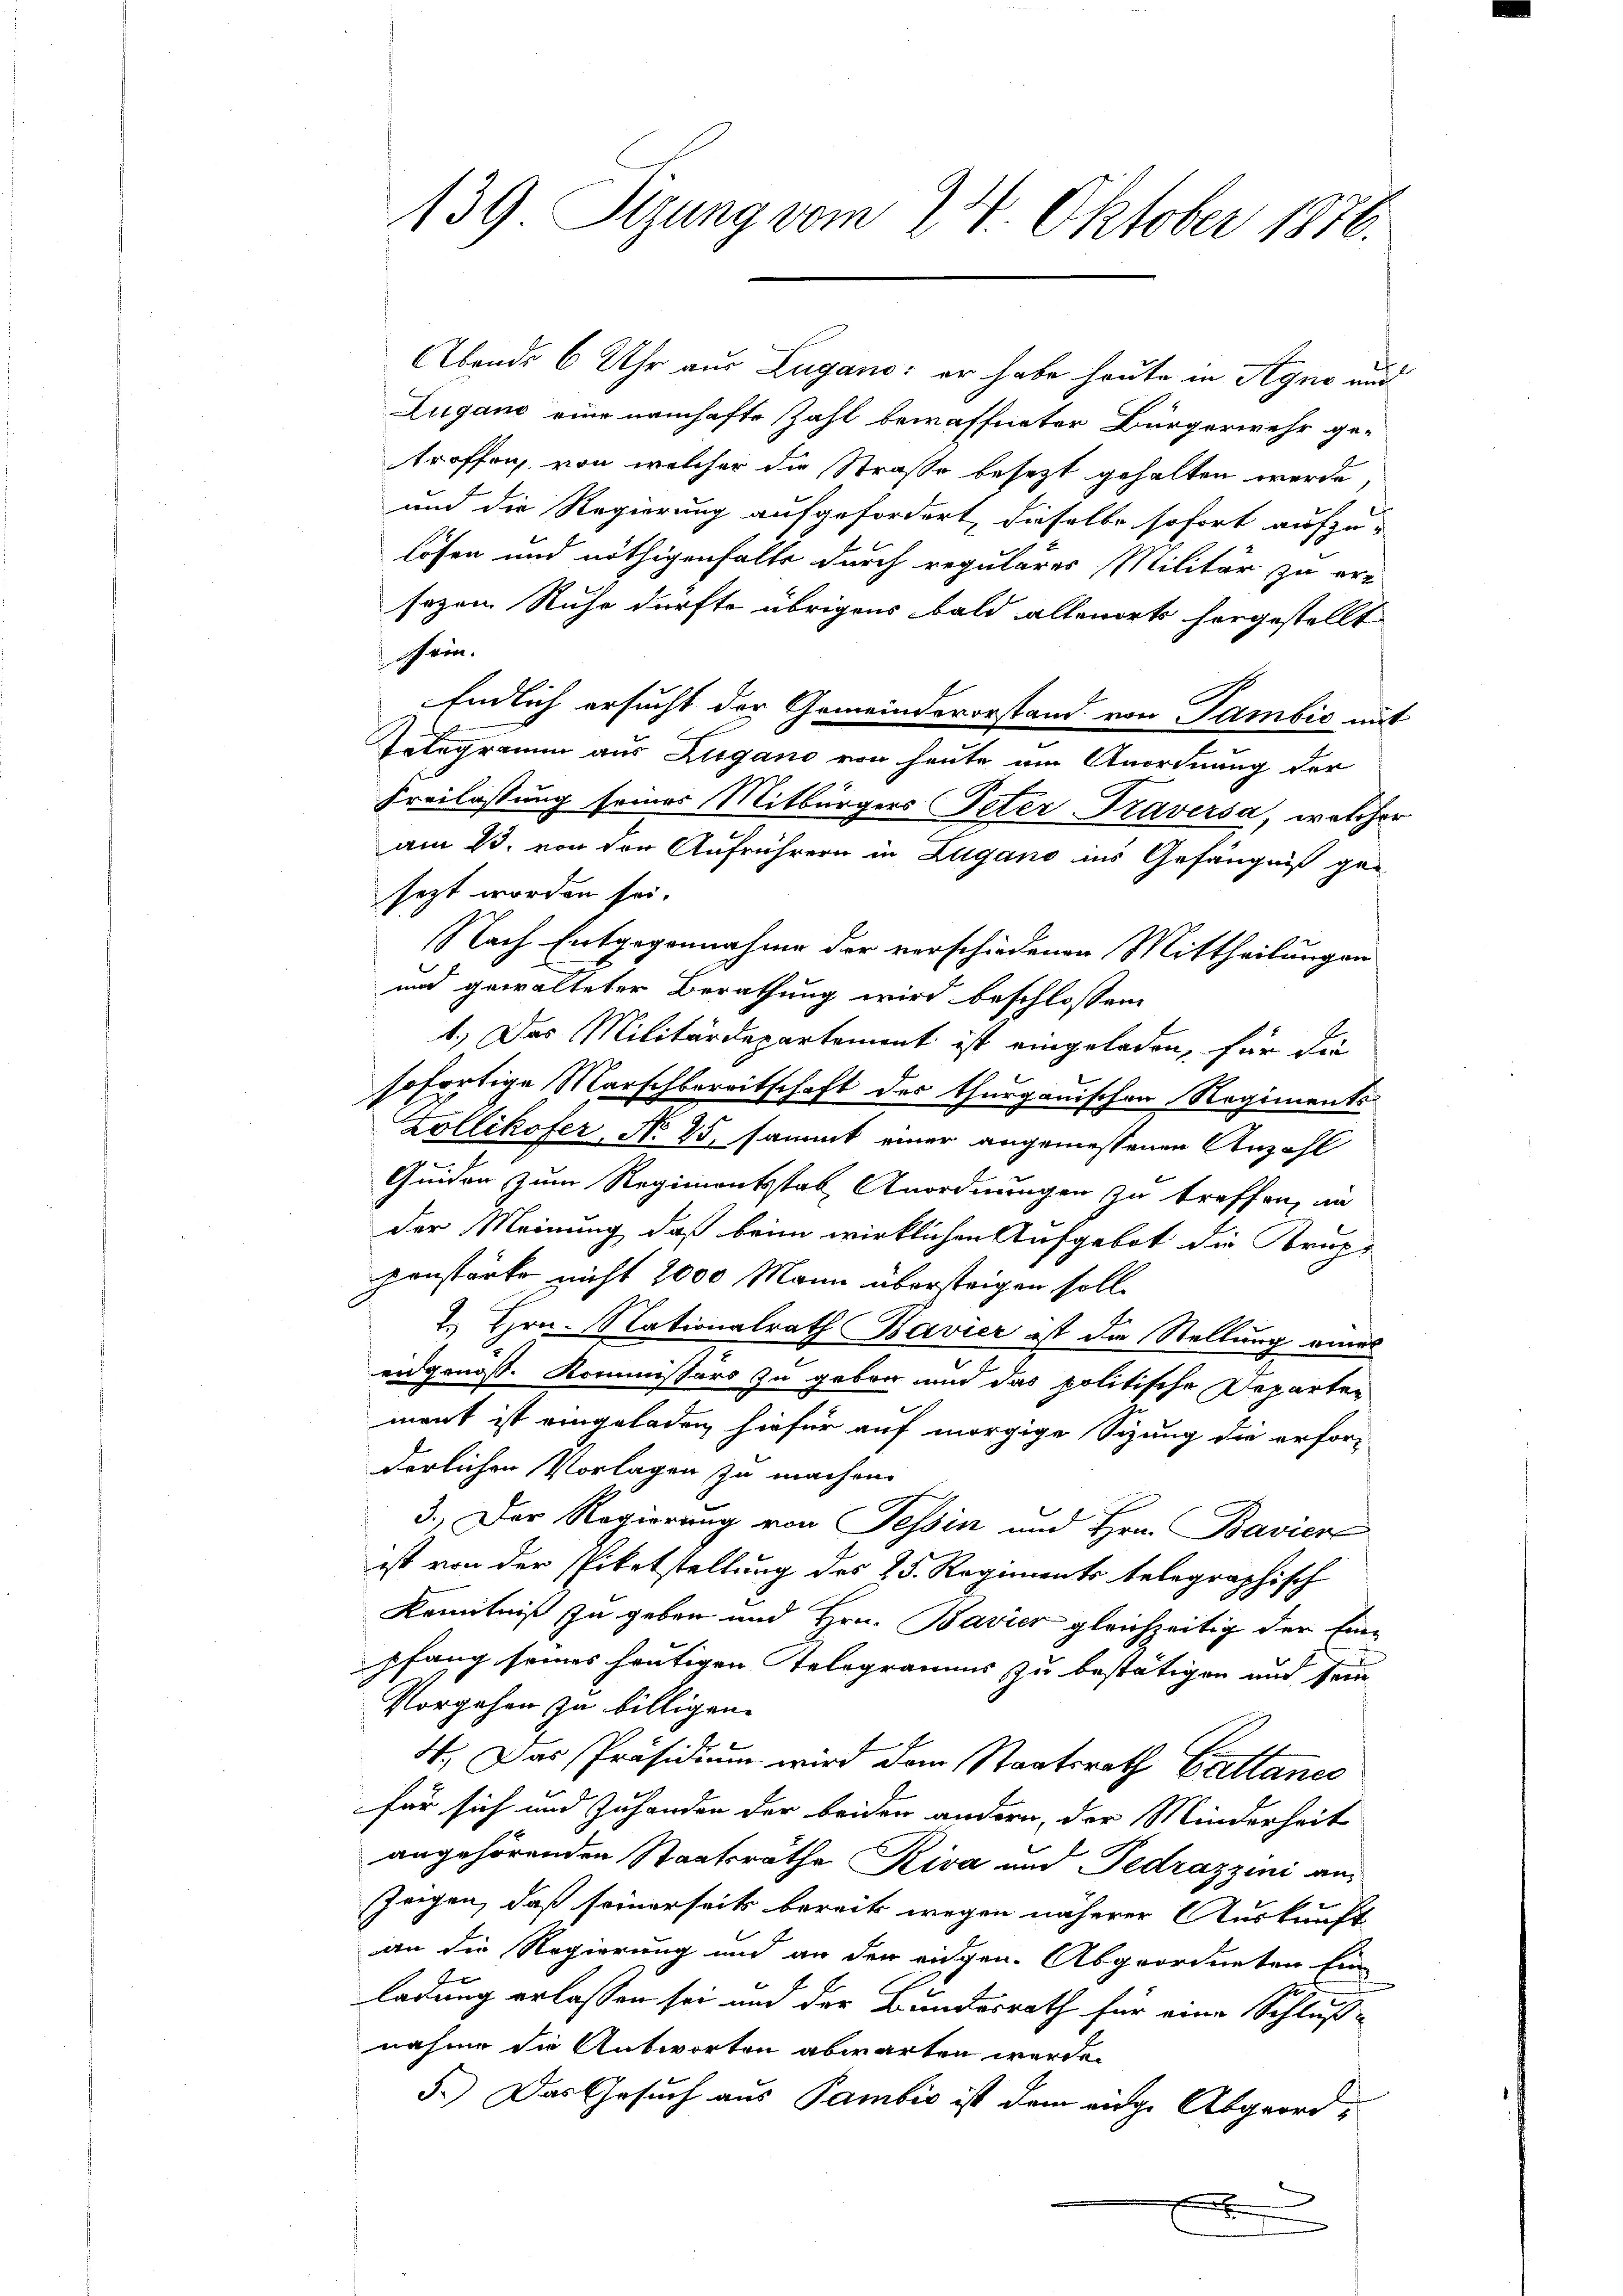
139 Sizung vom 24. Oktober 1876.

Abends 6 Uhr aus Lugano: er habe heute in Agno auch
Zugano eine namhafte Zahl bewaffneter Bürgerwehr ge-
troffen, von welcher die Straße besezt gehalten werde,
und die Regierung aufgefordert, dieselbe sofort aufzu-
lösen und nöthigenfalls durch regulares Militär zu er-
sozen Ruhe dürfte übrigens bald allenorts hergestellt
chein.
Endlich ersucht der Gemeindevorstand von Tambis mit
Tätegramm aus Zugano von heute am Anordnung der
Freilassung seines Mitbürgers Peter Traversa, welcher
am 13. von den Aufrührern in Zugano ins Gefängniß ge-
sezt worden sei.
Nach Entgegennahme der verschiedenen Mittheilungen
und gewalteter Berathung wird beschlossen:
1.) Das Militärdepartement ist eingeladen, für die
sofortige Marschbereitschaft des thurgauischen Regiments-
Zollikofer, No 25, sammt einer angemessenen Anzahl
Quiden zum Regimentsstab Anordnungen zu treffen, an
der Meinung, daß beim wirklichen Aufgebot die Brupanstärke nicht 2000 Mann übersteigen soll.
2. Hrn. Nationalrath Bavier ist die Stellung eines
.
eidgenoss. Kommissärs zu geben nun das politische Departen
ment ist eingeladen hiefür auf morgige Sizung die erfor-
derlichen Vorlagen zu machen.
3.) Der Regierung von Tessin und Hrn. Bavier
ist von der Pietstellung des 25. Regiments telegraphisch
Kenntniß zu geben und Hrn. Bavier gleichzeitig der Eine
pfang seines heutigen Telegramms zu bestätigen und sein
Vorgehen zu billigen.
4. Das Präsidium wird dem Staatsrath Gattance
für sich und Zuhanden der beiden andern, der Minderheit
angehörenden Staatsräthe Kiva und Fedrazzini an¬
Zeigen, daß seinerseits bereits wegen näherer Auskunft
an die Regierung und an den eidgen. Abgeordneten Ein
ladung erlassen sei und der Bundesrath für eine Schluß-
nahme die Antworten abwarten werde.
5.) Das Gesuch aus Pambić ist dem eige Abgeordx